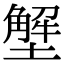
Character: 㙰